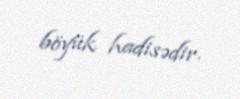
böyük hadisədir.